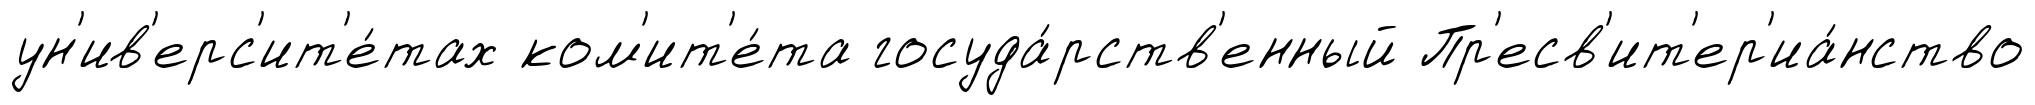
ун'ив'ерс'ит'е́тах ком'ит'е́та госуда́рств'енный Пр'есв'ит'ер'иа́нство